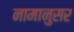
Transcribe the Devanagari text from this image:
नामानुसर